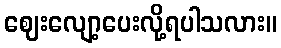
ဈေးလျော့ပေးလို့ရပါသလား။